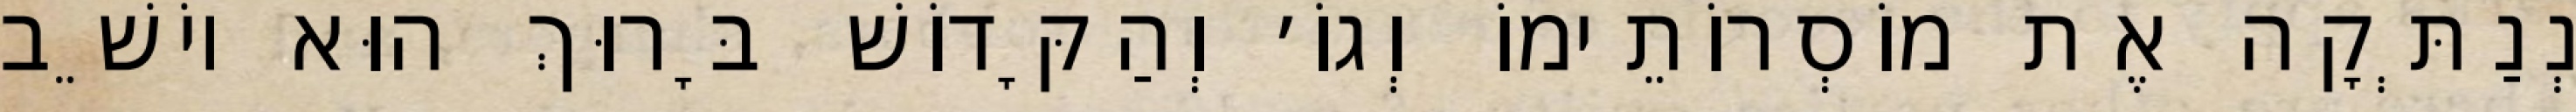
נְנַתְּקָה אֶת מוֹסְרוֹתֵימוֹ וְגוֹ׳ וְהַקָּדוֹשׁ בָּרוּךְ הוּא יוֹשֵׁב